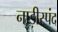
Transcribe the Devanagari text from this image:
नाड़ीस्पंद